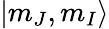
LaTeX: |m_{J},m_{I}\rangle